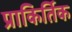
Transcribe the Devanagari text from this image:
प्राकिर्तिक